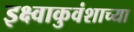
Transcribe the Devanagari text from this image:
इक्ष्वाकुवंशाच्या